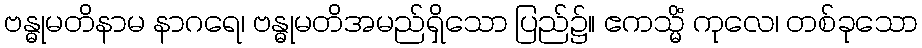
ဗန္ဓုမတိနာမ နာဂရေ၊ ဗန္ဓုမတိအမည်ရှိသော ပြည်၌။ ဧကသ္မိံ ကုလေ၊ တစ်ခုသော